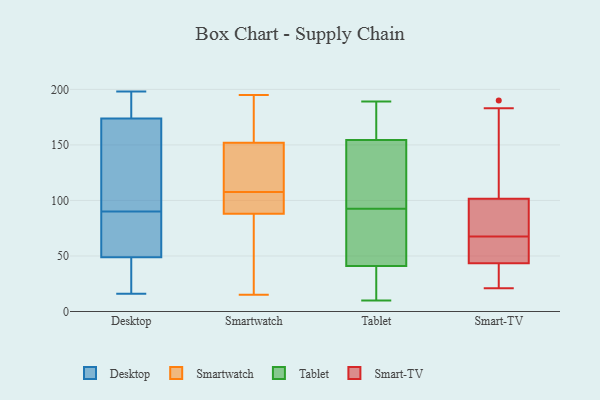
{"axis": {"x": "Market Share (%)", "y": "Value"}, "legend": ["Desktop", "Smart-TV", "Smartwatch", "Tablet"], "data": [{"x": "", "y": 198, "type": "Desktop"}, {"x": "", "y": 196, "type": "Desktop"}, {"x": "", "y": 51, "type": "Desktop"}, {"x": "", "y": 74, "type": "Desktop"}, {"x": "", "y": 24, "type": "Desktop"}, {"x": "", "y": 48, "type": "Desktop"}, {"x": "", "y": 167, "type": "Desktop"}, {"x": "", "y": 95, "type": "Desktop"}, {"x": "", "y": 90, "type": "Desktop"}, {"x": "", "y": 131, "type": "Desktop"}, {"x": "", "y": 190, "type": "Desktop"}, {"x": "", "y": 128, "type": "Desktop"}, {"x": "", "y": 189, "type": "Desktop"}, {"x": "", "y": 65, "type": "Desktop"}, {"x": "", "y": 37, "type": "Desktop"}, {"x": "", "y": 28, "type": "Desktop"}, {"x": "", "y": 57, "type": "Desktop"}, {"x": "", "y": 16, "type": "Desktop"}, {"x": "", "y": 176, "type": "Desktop"}, {"x": "", "y": 113, "type": "Smartwatch"}, {"x": "", "y": 15, "type": "Smartwatch"}, {"x": "", "y": 37, "type": "Smartwatch"}, {"x": "", "y": 117, "type": "Smartwatch"}, {"x": "", "y": 139, "type": "Smartwatch"}, {"x": "", "y": 79, "type": "Smartwatch"}, {"x": "", "y": 172, "type": "Smartwatch"}, {"x": "", "y": 102, "type": "Smartwatch"}, {"x": "", "y": 97, "type": "Smartwatch"}, {"x": "", "y": 128, "type": "Smartwatch"}, {"x": "", "y": 62, "type": "Smartwatch"}, {"x": "", "y": 151, "type": "Smartwatch"}, {"x": "", "y": 100, "type": "Smartwatch"}, {"x": "", "y": 195, "type": "Smartwatch"}, {"x": "", "y": 100, "type": "Smartwatch"}, {"x": "", "y": 99, "type": "Smartwatch"}, {"x": "", "y": 170, "type": "Smartwatch"}, {"x": "", "y": 29, "type": "Smartwatch"}, {"x": "", "y": 153, "type": "Smartwatch"}, {"x": "", "y": 170, "type": "Smartwatch"}, {"x": "", "y": 89, "type": "Tablet"}, {"x": "", "y": 183, "type": "Tablet"}, {"x": "", "y": 146, "type": "Tablet"}, {"x": "", "y": 28, "type": "Tablet"}, {"x": "", "y": 97, "type": "Tablet"}, {"x": "", "y": 86, "type": "Tablet"}, {"x": "", "y": 45, "type": "Tablet"}, {"x": "", "y": 44, "type": "Tablet"}, {"x": "", "y": 38, "type": "Tablet"}, {"x": "", "y": 189, "type": "Tablet"}, {"x": "", "y": 134, "type": "Tablet"}, {"x": "", "y": 26, "type": "Tablet"}, {"x": "", "y": 96, "type": "Tablet"}, {"x": "", "y": 170, "type": "Tablet"}, {"x": "", "y": 163, "type": "Tablet"}, {"x": "", "y": 10, "type": "Tablet"}, {"x": "", "y": 73, "type": "Smart-TV"}, {"x": "", "y": 55, "type": "Smart-TV"}, {"x": "", "y": 85, "type": "Smart-TV"}, {"x": "", "y": 35, "type": "Smart-TV"}, {"x": "", "y": 44, "type": "Smart-TV"}, {"x": "", "y": 43, "type": "Smart-TV"}, {"x": "", "y": 84, "type": "Smart-TV"}, {"x": "", "y": 190, "type": "Smart-TV"}, {"x": "", "y": 183, "type": "Smart-TV"}, {"x": "", "y": 21, "type": "Smart-TV"}, {"x": "", "y": 118, "type": "Smart-TV"}, {"x": "", "y": 62, "type": "Smart-TV"}]}